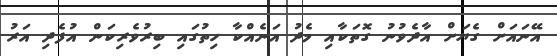
އޭނައަށް ގެޔަށް އާދެވުނު ގޮތަކާއި މެދު އަނެއްކާ ހިތުގައި ބިރުވެރިކަން އުފެދި އަރު